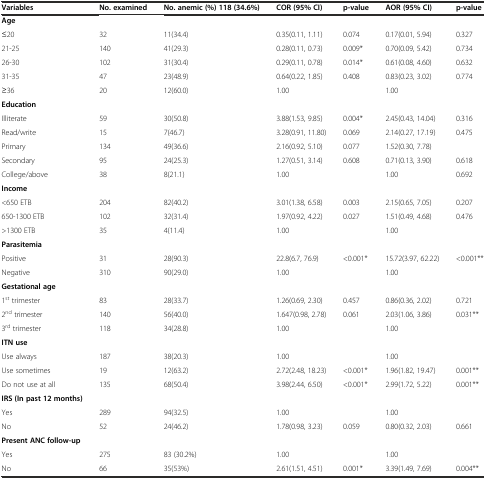
<table><thead><tr><td><b>Variables</b></td><td><b>No. examined</b></td><td><b>No. anemic (%) 118 (34.6%)</b></td><td><b>COR (95% CI)</b></td><td><b>p-value</b></td><td><b>AOR (95% CI)</b></td><td><b>p-value</b></td></tr></thead><tbody><tr><td><b>Age</b></td><td></td><td></td><td></td><td></td><td></td><td></td></tr><tr><td>≤20</td><td>32</td><td>11(34.4)</td><td>0.35(0.11, 1.11)</td><td>0.074</td><td>0.17(0.01, 5.94)</td><td>0.327</td></tr><tr><td>21-25</td><td>140</td><td>41(29.3)</td><td>0.28(0.11, 0.73)</td><td>0.009*</td><td>0.70(0.09, 5.42)</td><td>0.734</td></tr><tr><td>26-30</td><td>102</td><td>31(30.4)</td><td>0.29(0.11, 0.78)</td><td>0.014*</td><td>0.61(0.08, 4.60)</td><td>0.632</td></tr><tr><td>31-35</td><td>47</td><td>23(48.9)</td><td>0.64(0.22, 1.85)</td><td>0.408</td><td>0.83(0.23, 3.02)</td><td>0.774</td></tr><tr><td>≥36</td><td>20</td><td>12(60.0)</td><td>1.00</td><td></td><td>1.00</td><td></td></tr><tr><td><b>Education</b></td><td></td><td></td><td></td><td></td><td></td><td></td></tr><tr><td>Illiterate</td><td>59</td><td>30(50.8)</td><td>3.88(1.53, 9.85)</td><td>0.004*</td><td>2.45(0.43, 14.04)</td><td>0.316</td></tr><tr><td>Read/write</td><td>15</td><td>7(46.7)</td><td>3.28(0.91, 11.80)</td><td>0.069</td><td>2.14(0.27, 17.19)</td><td>0.475</td></tr><tr><td>Primary</td><td>134</td><td>49(36.6)</td><td>2.16(0.92, 5.10)</td><td>0.077</td><td>1.52(0.30, 7.78)</td><td></td></tr><tr><td>Secondary</td><td>95</td><td>24(25.3)</td><td>1.27(0.51, 3.14)</td><td>0.608</td><td>0.71(0.13, 3.90)</td><td>0.618</td></tr><tr><td>College/above</td><td>38</td><td>8(21.1)</td><td>1.00</td><td></td><td>1.00</td><td>0.692</td></tr><tr><td><b>Income</b></td><td></td><td></td><td></td><td></td><td></td><td></td></tr><tr><td>&lt;650 ETB</td><td>204</td><td>82(40.2)</td><td>3.01(1.38, 6.58)</td><td>0.003</td><td>2.15(0.65, 7.05)</td><td>0.207</td></tr><tr><td>650-1300 ETB</td><td>102</td><td>32(31.4)</td><td>1.97(0.92, 4.22)</td><td>0.027</td><td>1.51(0.49, 4.68)</td><td>0.476</td></tr><tr><td>&gt;1300 ETB</td><td>35</td><td>4(11.4)</td><td>1.00</td><td></td><td>1.00</td><td></td></tr><tr><td><b>Parasitemia</b></td><td></td><td></td><td></td><td></td><td></td><td></td></tr><tr><td>Positive</td><td>31</td><td>28(90.3)</td><td>22.8(6.7, 76.9)</td><td>&lt;0.001*</td><td>15.72(3.97, 62.22)</td><td>&lt;0.001**</td></tr><tr><td>Negative</td><td>310</td><td>90(29.0)</td><td>1.00</td><td></td><td>1.00</td><td></td></tr><tr><td><b>Gestational age</b></td><td></td><td></td><td></td><td></td><td></td><td></td></tr><tr><td>1<sup>st</sup> trimester</td><td>83</td><td>28(33.7)</td><td>1.26(0.69, 2.30)</td><td>0.457</td><td>0.86(0.36, 2.02)</td><td>0.721</td></tr><tr><td>2<sup>nd</sup> trimester</td><td>140</td><td>56(40.0)</td><td>1.647(0.98, 2.78)</td><td>0.061</td><td>2.03(1.06, 3.86)</td><td>0.031**</td></tr><tr><td>3<sup>rd</sup> trimester</td><td>118</td><td>34(28.8)</td><td>1.00</td><td></td><td>1.00</td><td></td></tr><tr><td><b>ITN use</b></td><td></td><td></td><td></td><td></td><td></td><td></td></tr><tr><td>Use always</td><td>187</td><td>38(20.3)</td><td>1.00</td><td></td><td>1.00</td><td></td></tr><tr><td>Use sometimes</td><td>19</td><td>12(63.2)</td><td>2.72(2.48, 18.23)</td><td>&lt;0.001*</td><td>1.96(1.82, 19.47)</td><td>0.001**</td></tr><tr><td>Do not use at all</td><td>135</td><td>68(50.4)</td><td>3.98(2.44, 6.50)</td><td>&lt;0.001*</td><td>2.99(1.72, 5.22)</td><td>0.001**</td></tr><tr><td><b>IRS (In past 12 months)</b></td><td></td><td></td><td></td><td></td><td></td><td></td></tr><tr><td>Yes</td><td>289</td><td>94(32.5)</td><td>1.00</td><td></td><td>1.00</td><td></td></tr><tr><td>No</td><td>52</td><td>24(46.2)</td><td>1.78(0.98, 3.23)</td><td>0.059</td><td>0.80(0.32, 2.03)</td><td>0.661</td></tr><tr><td><b>Present ANC follow-up</b></td><td></td><td></td><td></td><td></td><td></td><td></td></tr><tr><td>Yes</td><td>275</td><td>83 (30.2%)</td><td>1.00</td><td></td><td>1.00</td><td></td></tr><tr><td>No</td><td>66</td><td>35(53%)</td><td>2.61(1.51, 4.51)</td><td>0.001*</td><td>3.39(1.49, 7.69)</td><td>0.004**</td></tr></tbody></table>